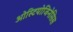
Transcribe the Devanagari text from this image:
ओस्टियोजिनेसिस